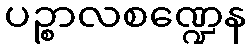
ပဉ္စာလစဏ္ဍေန